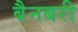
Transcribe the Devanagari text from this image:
बैनबरी